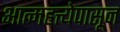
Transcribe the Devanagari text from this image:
आत्महत्त्येपासून